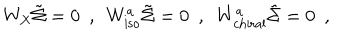
LaTeX: W _ { \mathrm { X } } \tilde { \Sigma } = 0 \, \, \, , \, \, \, W _ { \mathrm { i s o } } ^ { a } \tilde { \Sigma } = 0 \, \, \, , \, \, \, W _ { \mathrm { c h i r a l } } ^ { a } \tilde { \Sigma } = 0 \, \, \, ,